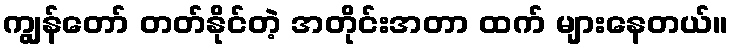
ကျွန်တော် တတ်နိုင်တဲ့ အတိုင်းအတာ ထက် များနေတယ်။